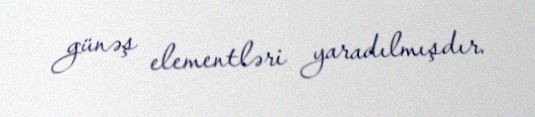
günəş elementləri yaradılmışdır.